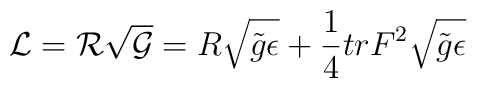
{\cal L } ={\cal R}\sqrt{\cal G}  ={R}\sqrt{\tilde{g}\epsilon}+\frac{1}{4}tr {F}^{2}\sqrt{\tilde{g}\epsilon}